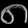
Digit: ၈